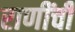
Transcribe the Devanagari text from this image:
राणींची